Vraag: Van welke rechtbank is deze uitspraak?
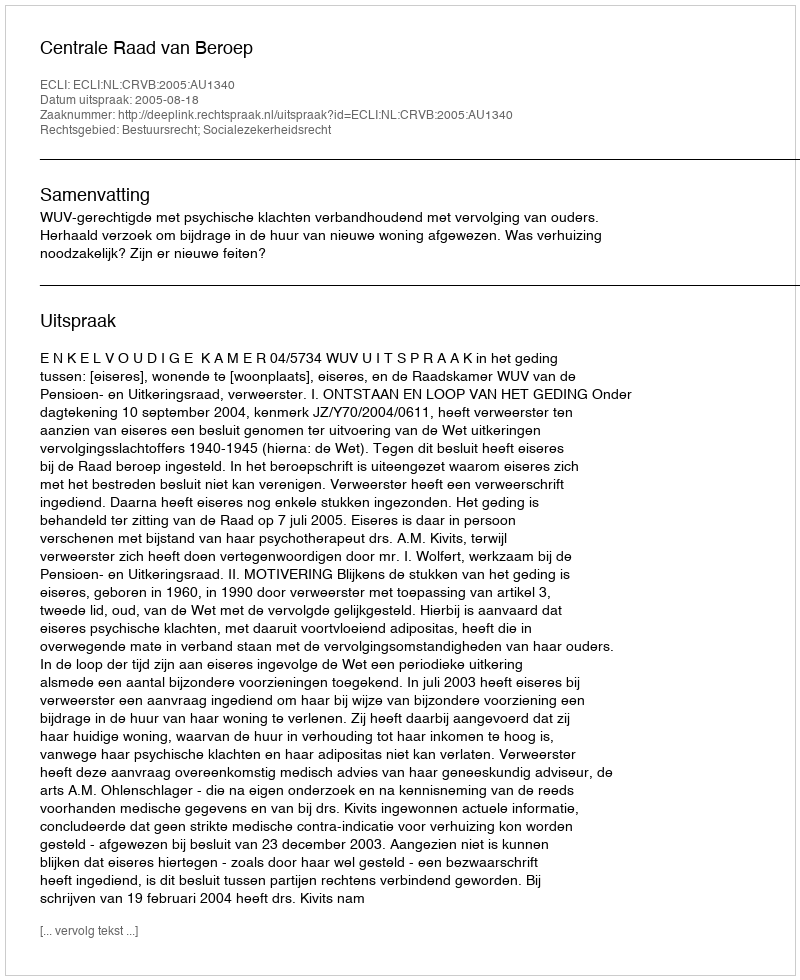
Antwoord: Centrale Raad van Beroep